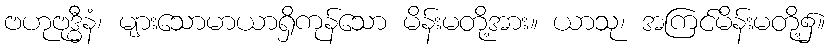
ဗဟုဗုဒ္ဓီနံ၊ များသောမာယာရှိကုန်သော မိန်းမတို့အား။ ယာသု၊ အကြင်မိန်းမတို့၌။